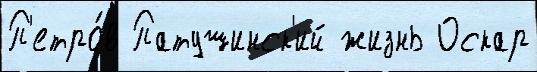
П'етро́в Патушинск'ий жизнь Оскар